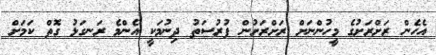
އެހެން ރަށްރަށުގެ މީހުންނަށް ރަށްރަށުން ފުރުސަތު ދިނުމަކީ އެންމެ ރަނގަޅު ގޮތް ކަމަށް